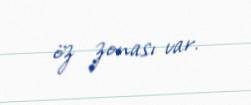
öz zonası var.